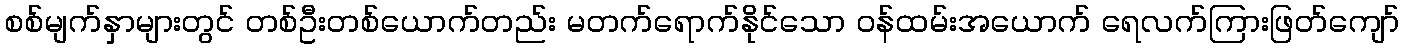
စစ်မျက်နှာများတွင် တစ်ဦးတစ်ယောက်တည်း မတက်ရောက်နိုင်သော ဝန်ထမ်းအယောက် ရေလက်ကြားဖြတ်ကျော်